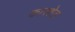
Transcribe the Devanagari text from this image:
कारशेड